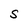
Character: S